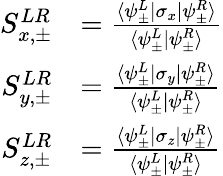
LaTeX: \begin{array}{rl}{S_{x,\pm}^{LR}}&{=\frac{\langle\psi_{\pm}^{L}|\sigma_{x}|\psi_{\pm}^{R}\rangle}{\langle\psi_{\pm}^{L}|\psi_{\pm}^{R}\rangle}}\\ {S_{y,\pm}^{LR}}&{=\frac{\langle\psi_{\pm}^{L}|\sigma_{y}|\psi_{\pm}^{R}\rangle}{\langle\psi_{\pm}^{L}|\psi_{\pm}^{R}\rangle}}\\ {S_{z,\pm}^{LR}}&{=\frac{\langle\psi_{\pm}^{L}|\sigma_{z}|\psi_{\pm}^{R}\rangle}{\langle\psi_{\pm}^{L}|\psi_{\pm}^{R}\rangle}}\end{array}